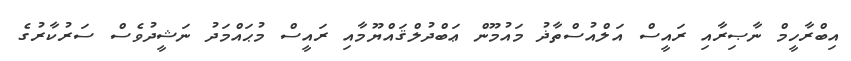
އިބްރާހީމް ނާޞިރާއި ރައީސް އަލްއުސްތާޛު މައުމޫން ޢަބްދުލްޤައްޔޫމާއި ރައީސް މުޙައްމަދު ނަޝީދުވެސް ސަރުކާރުގެ